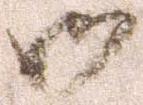
御